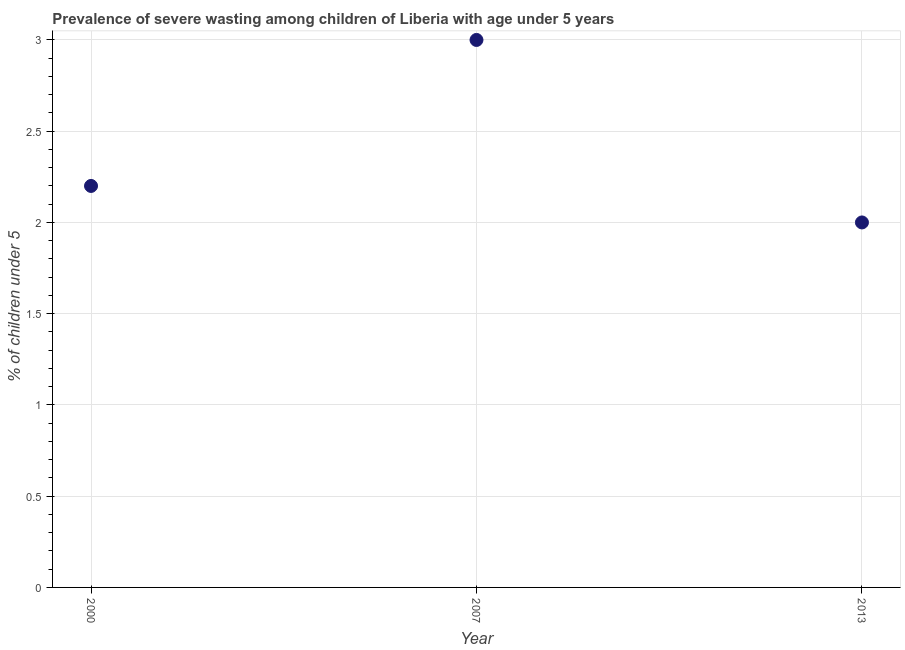
| Year | Prevalence of severe wasting |
 | --- | --- |
 | 2000 | 2.2 |
 | 2007 | 3 |
 | 2013 | 2 |